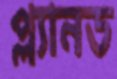
প্ল্যানড